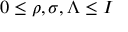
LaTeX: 0 \leq \rho , \sigma , \Lambda \leq I